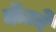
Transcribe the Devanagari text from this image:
कॅम्बे